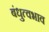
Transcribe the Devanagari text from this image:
बंधुत्वभाव